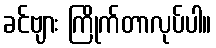
ခင်ဗျား ကြိုက်တာလုပ်ပါ။